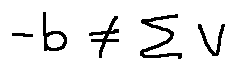
- b \neq \sum V